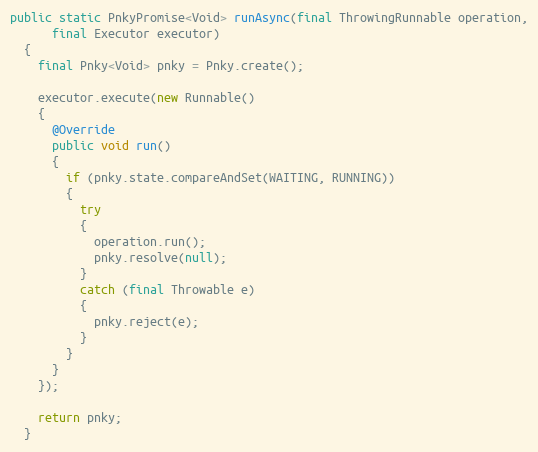
Language: Java
public static PnkyPromise<Void> runAsync(final ThrowingRunnable operation,
      final Executor executor)
  {
    final Pnky<Void> pnky = Pnky.create();

    executor.execute(new Runnable()
    {
      @Override
      public void run()
      {
        if (pnky.state.compareAndSet(WAITING, RUNNING))
        {
          try
          {
            operation.run();
            pnky.resolve(null);
          }
          catch (final Throwable e)
          {
            pnky.reject(e);
          }
        }
      }
    });

    return pnky;
  }